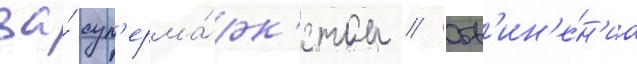
за́ суп'ерма́рк'етом // Обв'ин'е́н'иа